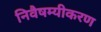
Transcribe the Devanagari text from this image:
निवैषम्यीकरण